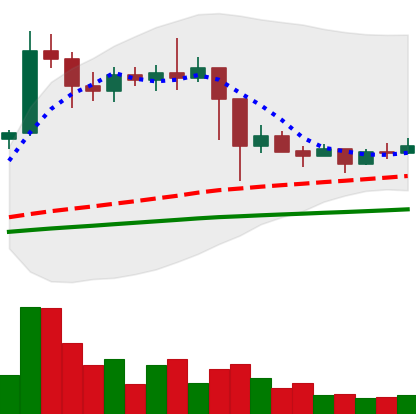
Ticker: ETC-USD
Chart end date: 2021-03-03
Forward return: 3.552%
Label: up_3_5